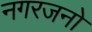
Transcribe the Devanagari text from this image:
नगरजनो